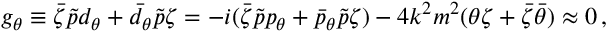
g _ { \theta } \equiv \bar { \zeta } \tilde { p } d _ { \theta } + \bar { d } _ { \theta } \tilde { p } \zeta = - i ( \bar { \zeta } \tilde { p } p _ { \theta } + \bar { p } _ { \theta } \tilde { p } \zeta ) - 4 k ^ { 2 } m ^ { 2 } ( \theta \zeta + \bar { \zeta } \bar { \theta } ) \approx 0 \, ,